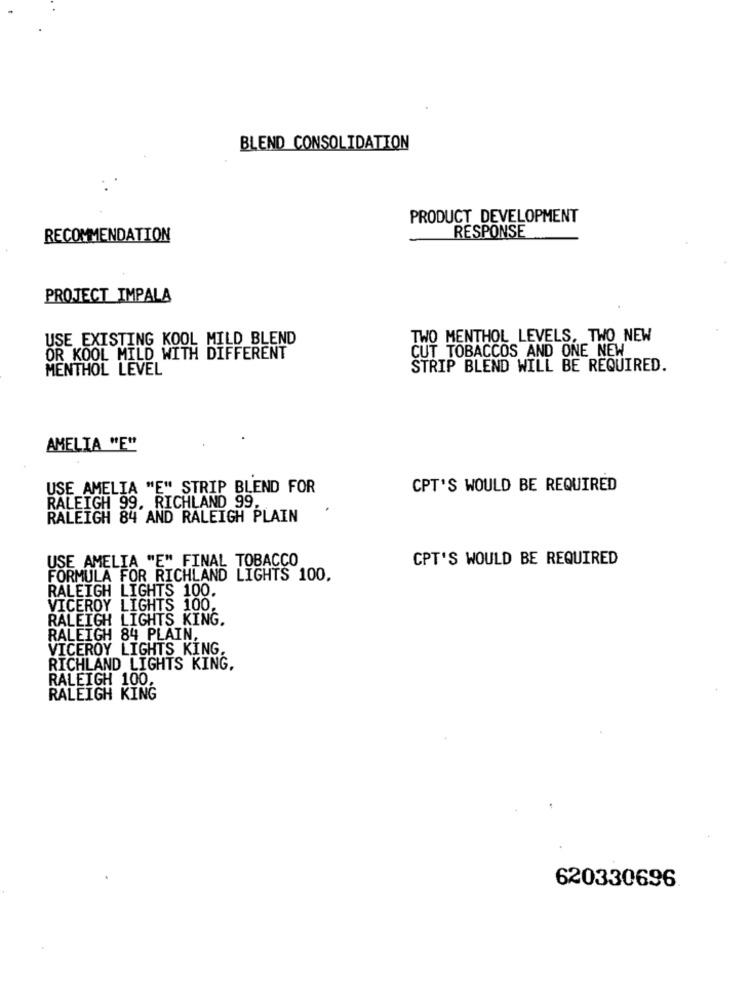
BLEND CONSOLIDATION
PRODUCT DEVELOPMENT
RESPONSE
RECOMMENDATION
PROJECT IMPALA
USE EXISTING KOOL MILD BLEND
TWO MENTHOL LEVELS, TWO NEW
CUT TOBACCOS AND ONE NEW
OR KOOL MILD WITH DIFFERENT
MENTHOL LEVEL
STRIP BLEND WILL BE REQUIRED.
AMELIA "E"
USE_AMELIA "E" STRIP BLEND FOR
CPT'S WOULD BE REQUIRED
RALEIGH 99, RICHLAND 99.
RALEIGH 84'AND RALEIGH PLAIN
USE AMELIA "E" FINAL TOBACCO
CPT'S WOULD BE REQUIRED
FORMULA FOR RICHLAND LIGHTS 100,
RALEIGH LIGHTS 100.
VICEROY LIGHTS 100.
RALEIGH LIGHTS KING.
RALEIGH 84 PLAIN,
VICEROY LIGHTS KING.
RICHLAND LIGHTS KING,
RALEIGH 100.
RALEIGH KING
620330696